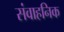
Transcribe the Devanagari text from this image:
संवाहनिक